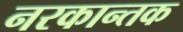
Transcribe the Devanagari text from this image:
नरकान्तक